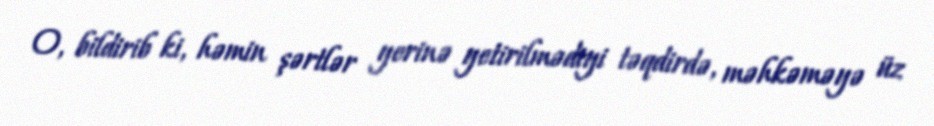
O, bildirib ki, həmin şərtlər yerinə yetirilmədiyi təqdirdə, məhkəməyə üz